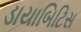
ડાયાબિટિસ